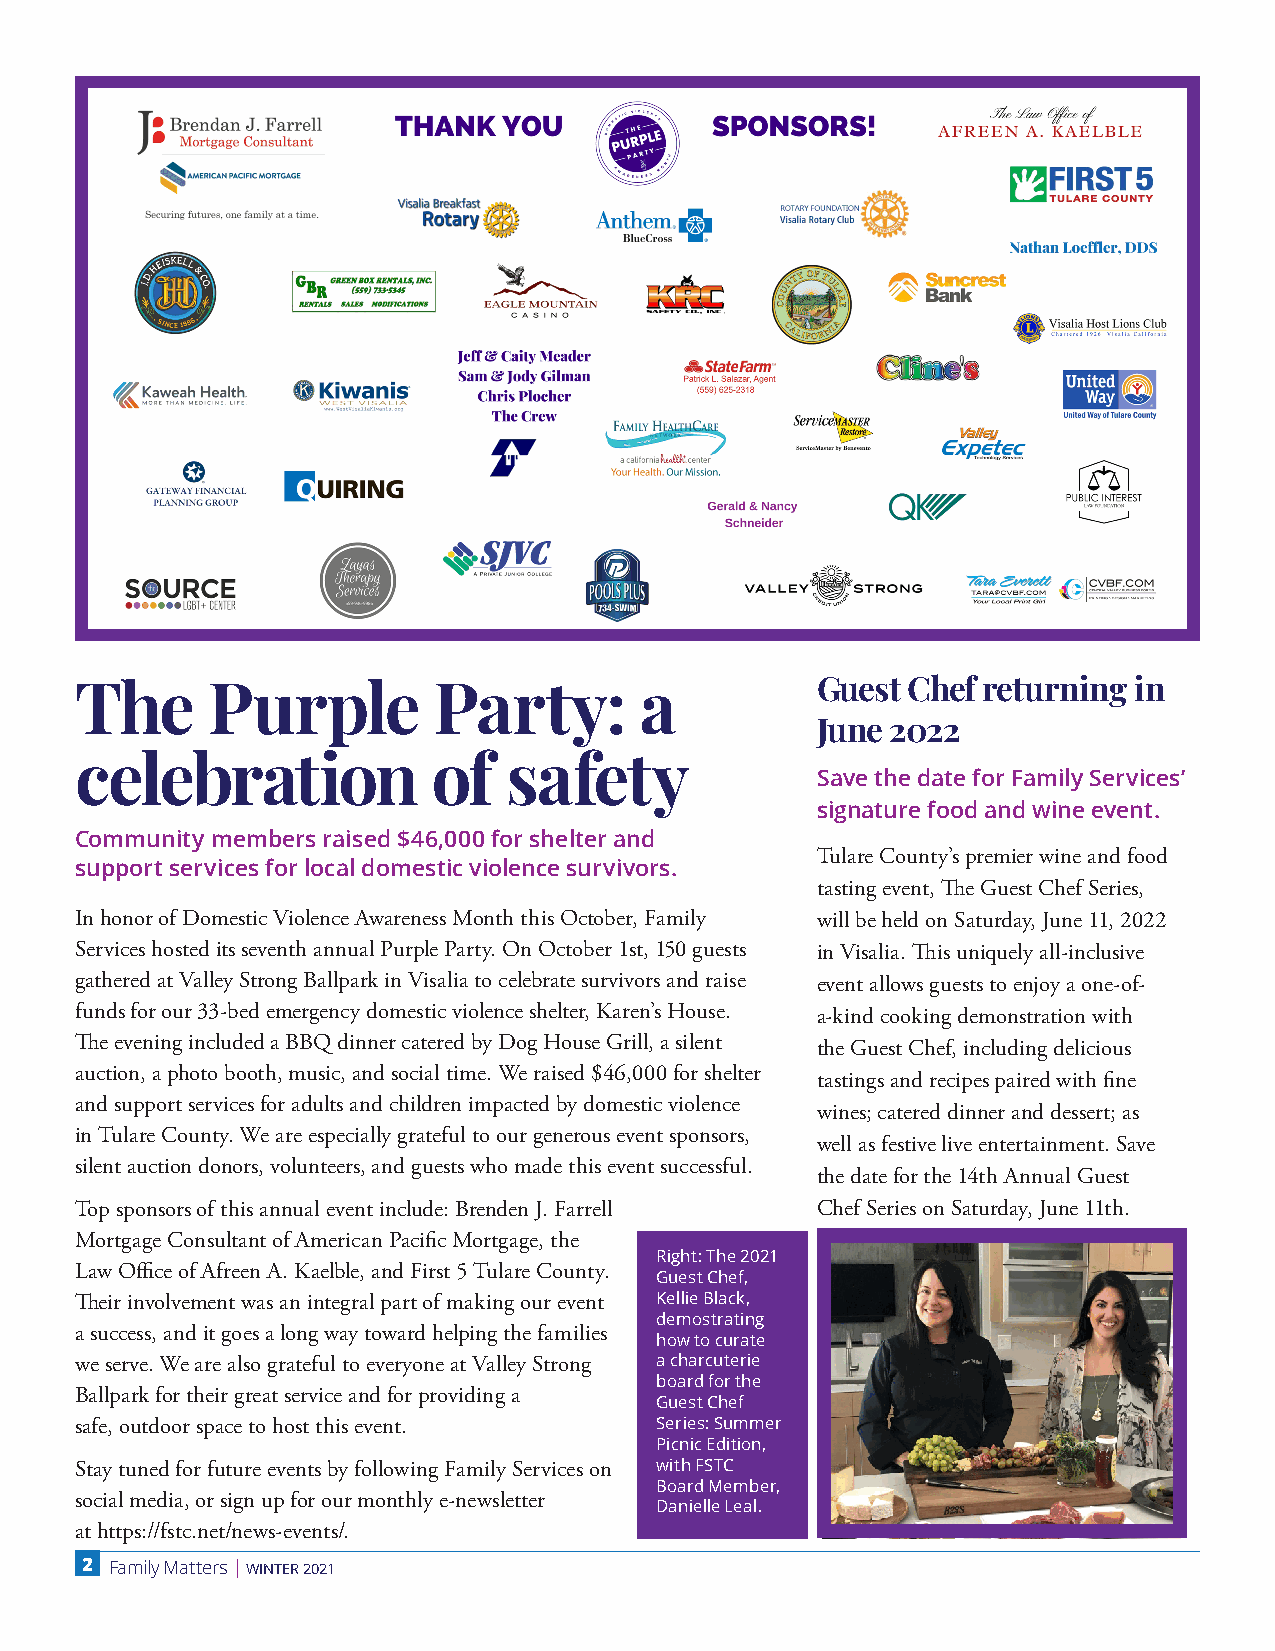
The      Purple         Party:       a           Guest Chef returning in
 June 2022
 celebration             of   safety
 Save the date for Family Services’
 signature food and wine event.
 Community members raised $46,000 for shelter and
 Tulare County’s premier wine and food
 support services for local domestic violence survivors.
 tasting event, The Guest Chef Series,
 In honor of Domestic Violence Awareness Month this October, Family will be held on Saturday, June 11, 2022
 Services hosted its seventh annual Purple Party. On October 1st, 150 guests in Visalia. This uniquely all-inclusive
 gathered at Valley Strong Ballpark in Visalia to celebrate survivors and raise event allows guests to enjoy a one-of-
 funds for our 33-bed emergency domestic violence shelter, Karen’s House. a-kind cooking demonstration with
 The evening included a BBQ dinner catered by Dog House Grill, a silent the Guest Chef, including delicious
 auction, a photo booth, music, and social time. We raised $46,000 for shelter
 tastings and recipes paired with fine
 and support services for adults and children impacted by domestic violence
 wines; catered dinner and dessert; as
 in Tulare County. We are especially grateful to our generous event sponsors,
 well as festive live entertainment. Save
 silent auction donors, volunteers, and guests who made this event successful.
 the date for the 14th Annual Guest
 Top sponsors of this annual event include: Brenden J. Farrell Chef Series on Saturday, June 11th.
 Mortgage Consultant of American Pacific Mortgage, the
 Right: The 2021
 Law Office of Afreen A. Kaelble, and First 5 Tulare County.
 Guest Chef,
 Their involvement was an integral part of making our event Kellie Black,
 demostrating
 a success, and it goes a long way toward helping the families
 how to curate
 we serve. We are also grateful to everyone at Valley Strong a charcuterie
 board for the
 Ballpark for their great service and for providing a
 Guest Chef
 safe, outdoor space to host this event. Series: Summer
 Picnic Edition,
 Stay tuned for future events by following Family Services on with FSTC
 Board Member,
 social media, or sign up for our monthly e-newsletter
 Danielle Leal.
 at https://fstc.net/news-events/.
 2 Family Matters | WINTER 2021